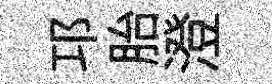
邛胎澄